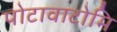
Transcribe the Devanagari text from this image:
पोटावाटोमि